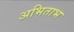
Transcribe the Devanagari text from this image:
अभिताभ